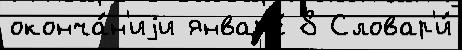
оконча́н'иjи январ'е́ 8 Словар'и́